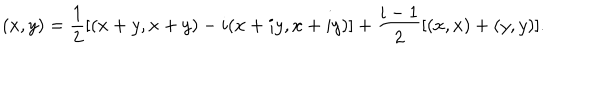
( x , y ) = \frac { 1 } { 2 } [ ( x + y , x + y ) - i ( x + i y , x + i y ) ] + \frac { i - 1 } { 2 } [ ( x , x ) + ( y , y ) ] .